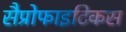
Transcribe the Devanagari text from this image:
सैप्रोफाइटिकस